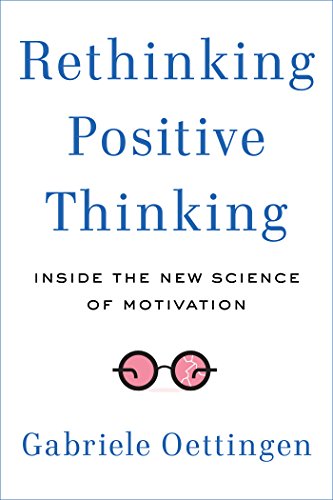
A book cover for Rethinking Positive Thinking: Inside the New Science of Motivation; Gabriele Oettingen; Health, Fitness & Dieting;